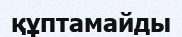
құптамайды